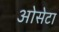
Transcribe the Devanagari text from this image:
ओसेटा